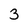
Character: 3